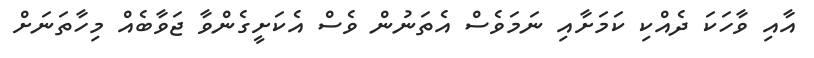
އާއި ވާހަކަ ދެއްކި ކަމަށާއި ނަމަވެސް އެތަނުން ވެސް އެކަށީގެންވާ ޖަވާބެއް މިހާތަނަށް